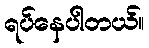
ရပ်နေပါတယ်။